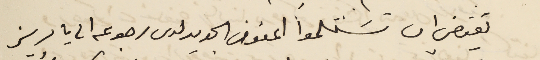
يقتضي ان تسَتلموا المفوض الجديد لدى رجوعه الى باريز